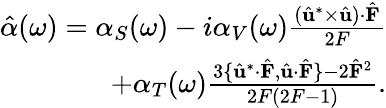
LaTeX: \begin{array}{r}{\hat{\alpha}(\omega)=\alpha_{S}(\omega)-i\alpha_{V}(\omega)\frac{(\hat{\mathbf{u}}^{*}\times\hat{\mathbf{u}})\cdot\hat{\mathbf{F}}}{2F}}\\ {+\alpha_{T}(\omega)\frac{3\{ \hat{\mathbf{u}}^{*}\cdot\hat{\mathbf{F}},\hat{\mathbf{u}}\cdot\hat{\mathbf{F}}\} -2\hat{\mathbf{F}}^{2}}{2F(2F-1)}.}\end{array}